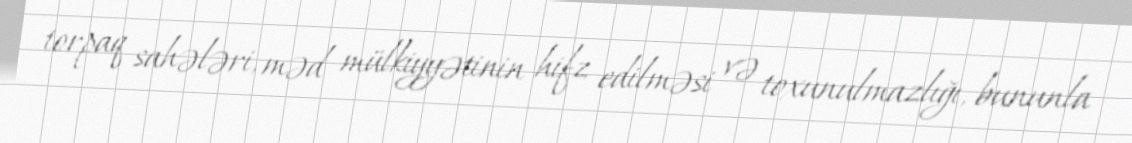
torpaq sahələri, məd mülkiyyətinin hifz edilməsi və toxunulmazlığı, bununla